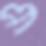
প